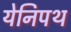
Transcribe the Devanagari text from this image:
येनिपथ